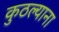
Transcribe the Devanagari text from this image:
कुठल्याना